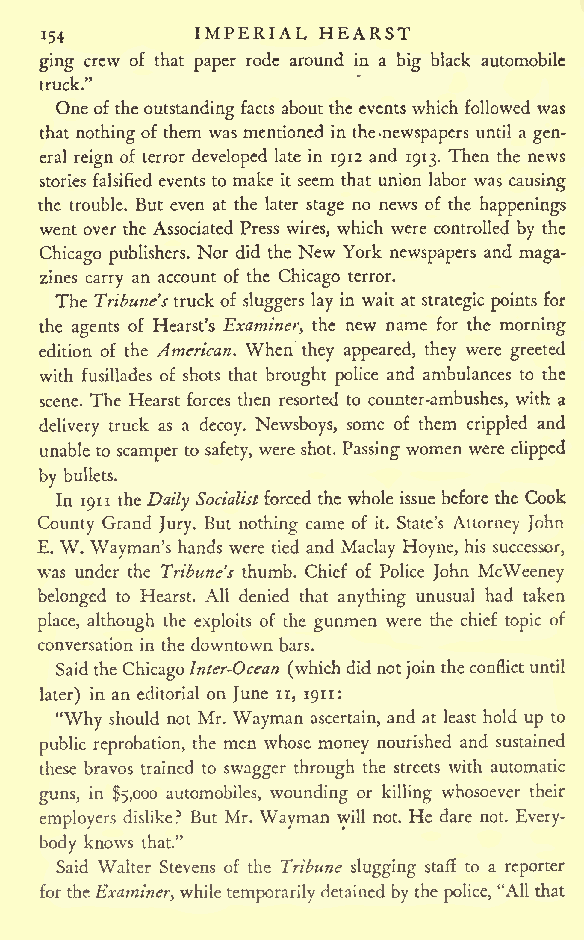
IMPERIAL HEARST
 i54
 ging crew of that paper rode around in a big black automobile
 truck."
 Oneoftheoutstanding facts about the events which followed was
 that nothingof them was mentioned in the-newspapers until a gen-
 eral reign of terror developed late in 1912 and 1913. Then the news
 stories falsified events to make it seem that union labor was causing
 the trouble. But even at the later stage no news of the happenings
 went over the Associated Press wires, which were controlled by the
 Chicago publishers. Nor did the New York newspapers and maga-
 zines carry an account of the Chicago terror.
 The Tribune's truck of sluggers lay in wait at strategic points for
 the agents of Hearst's Examiner, the new name for the morning
 edition of the American. When they appeared, they were greeted
 with fusillades of shots that brought police and ambulances to the
 scene. The Hearst forces then resorted to counter-ambushes, with a
 delivery truck as a decoy. Newsboys, some of them crippled and
 unable to scamper to safety, were shot. Passingwomen were clipped
 by bullets.
 In 1911 theDaily Socialistforced the whole issue before the Cook
 County Grand Jury. But nothing came of it. State's Attorney John
 E. W. Wayman's hands were tied and Maclay Hoyne, his successor,
 was under the Tribune's thumb. Chief of Police John McWeeney
 belonged to Hearst. All denied that anything unusual had taken
 place, although the exploits of the gunmen were the chief topic of
 conversation in the downtown bars.
 Saidthe ChicagoInter-Ocean (whichdidnotjointheconflictuntil
 later) in an editorial on June n, 1911:
 "Why should not Mr. Wayman ascertain, and at least hold up to
 public reprobation, the men whose money nourished and sustained
 these bravos trained to swagger through the streets with automatic
 guns, in $5,000 automobiles, wounding or killing whosoever their
 employers dislike? But Mr. Wayman will not. He dare not. Every-
 body knows that."
 Said Walter Stevens of the Tribune slugging staff to a reporter
 fortheExaminer,while temporarily detained by the police, "All that